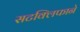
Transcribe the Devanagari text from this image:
सटक्लिफाने